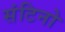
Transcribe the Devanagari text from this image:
संटिनो